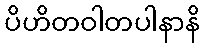
ပိဟိတဝါတပါနာနိ